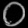
Digit: ၀